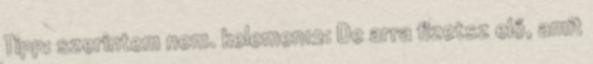
Tipp: szerintem nem. kelemen12: De arra fizetsz elő, amit